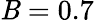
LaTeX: \mathit{B}=0.7